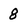
Character: 8